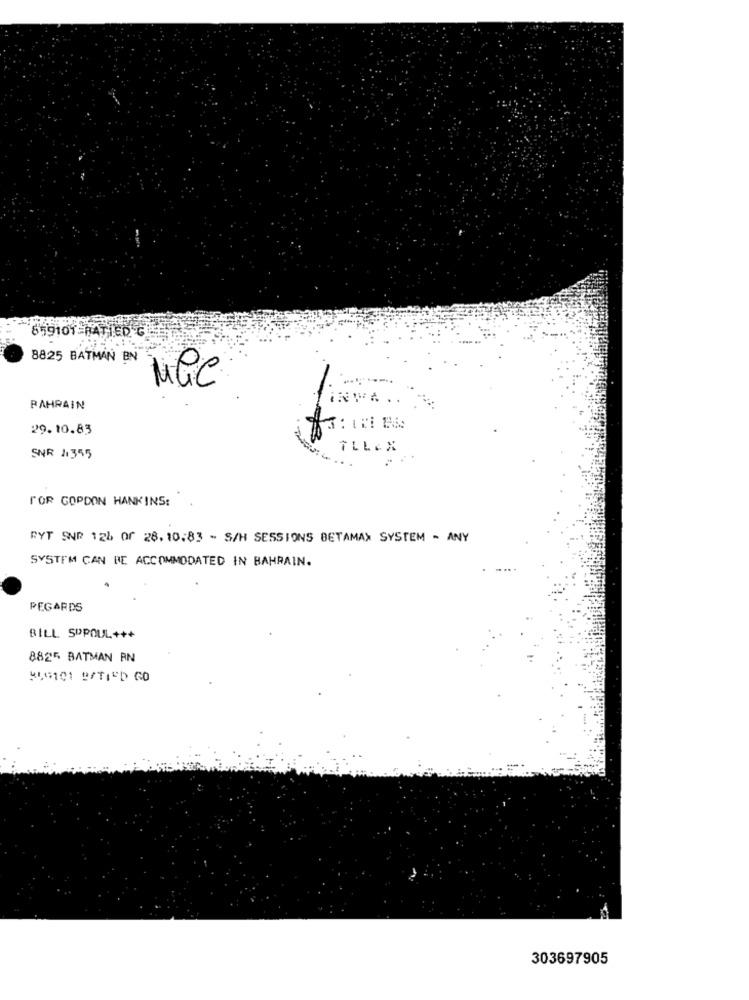
859101-HATIED G
8825 BATMAN BN
MCC
-
BAHRAIN
29.10.83
TLLEX
SNR 1355
FOR GOPDON HANKINS:
RYT SNR 124 of 28. 10.83 - S/H SESSIONS BETAMAX SYSTEM - ANY
SYSTEM CAN BE ACCOMMODATED IN BAHRAIN.
REGARDS
BILL SPPOUL+++
8825 BATMAN RN
HUGO1 ESTIED GO
303697905